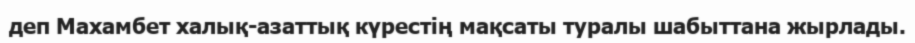
деп Махамбет халық-азаттық күрестің мақсаты туралы шабыттана жырлады.